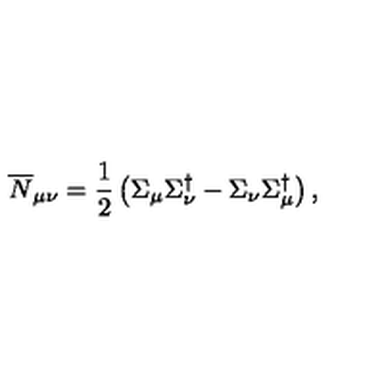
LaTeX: \overline { { N } } _ { \mu \nu } = \frac { 1 } { 2 } \left( \Sigma _ { \mu } \Sigma _ { \nu } ^ { \dagger } - \Sigma _ { \nu } \Sigma _ { \mu } ^ { \dagger } \right) ,